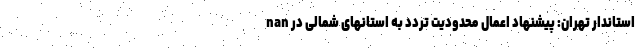
nan استاندار تهران: پیشنهاد اعمال محدودیت تردد به استانهای شمالی در